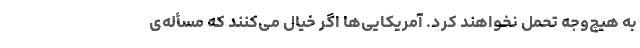
به هیچ‌وجه تحمل نخواهند کرد. آمریکایی‌ها اگر خیال می‌کنند که مسأله‌ی